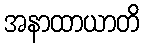
အနာထာယာတိ